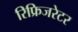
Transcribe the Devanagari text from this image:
रिफ्रिजरेटर